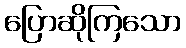
ပြောဆိုကြသော